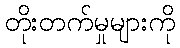
တိုးတက်မှုများကို